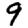
Digit: 9